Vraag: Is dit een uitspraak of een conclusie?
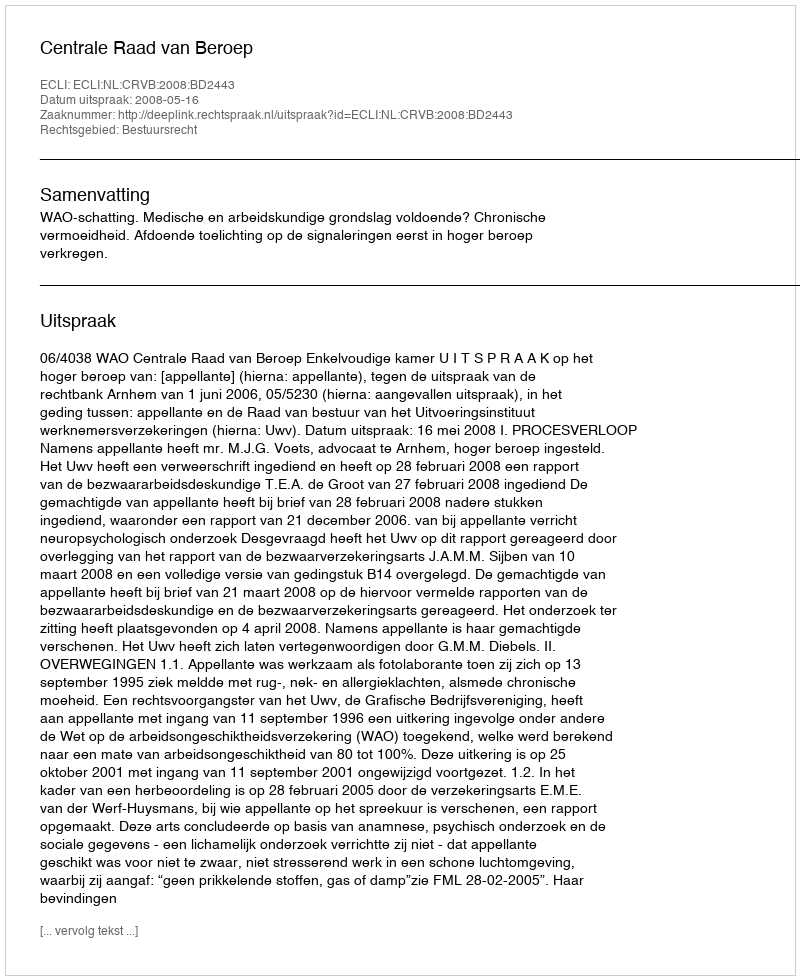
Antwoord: Uitspraak